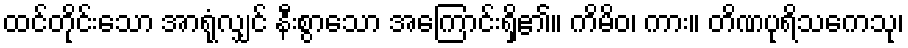
ထင်တိုင်းသော အာရုံလျှင် နီးစွာသော အကြောင်းရှိ၏။ ကိမိဝ၊ ကား။ တိဏပုရိသကေသု၊